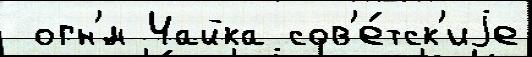
 огн'́м Чайка сов'е́тск'иjе